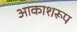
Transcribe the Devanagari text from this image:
आकाशरूप